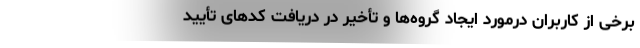
برخی از کاربران درمورد ایجاد گروه‌ها و تأخیر در دریافت کدهای تأیید